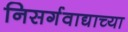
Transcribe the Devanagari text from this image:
निसर्गवाद्याच्या